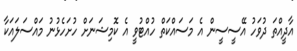
އާދީއްތަ ދުވަހު އޭސީސީން އެ މަސައްކަތް ހުއްޓުވީ އެ ކޮމިޝަނަށް ހުށަހެޅުނު މައްސަލައަކާ